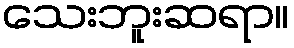
သေးဘူးဆရာ။